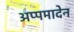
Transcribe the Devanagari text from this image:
अप्पमादेन